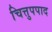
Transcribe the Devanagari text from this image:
चित्तुपपाद